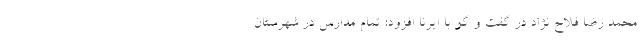
محمد رضا فلاح نژاد در گفت و گو با ایرنا افزود: تمام مدارس در شهرستان